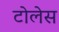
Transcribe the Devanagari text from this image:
टोलेस